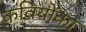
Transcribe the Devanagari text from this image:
कवियोंका